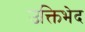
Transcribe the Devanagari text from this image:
उक्तिभेद